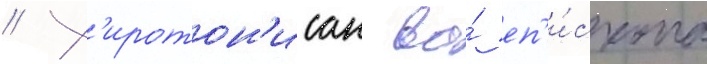
// Х'иротон'исан во́ еп'и́скопа